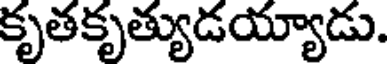
కృతకృత్యుడయ్యాడు.